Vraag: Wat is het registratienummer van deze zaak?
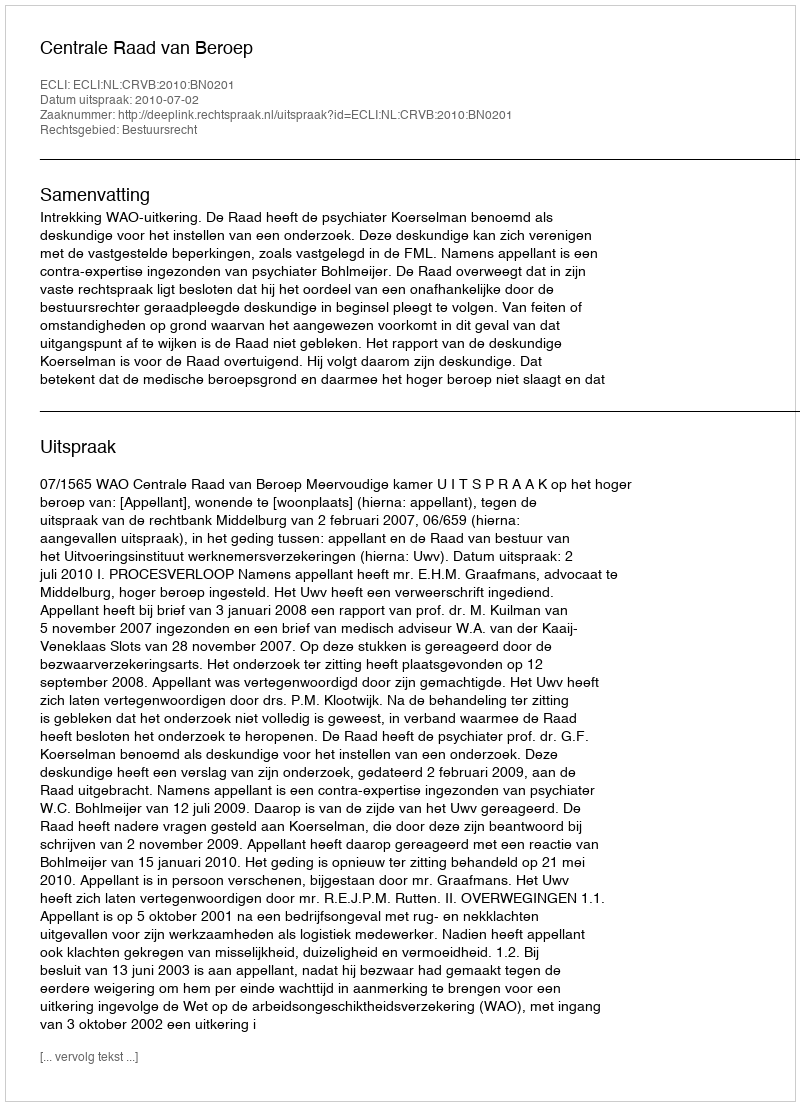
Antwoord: http://deeplink.rechtspraak.nl/uitspraak?id=ECLI:NL:CRVB:2010:BN0201